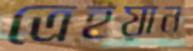
ত্রেইয়ান